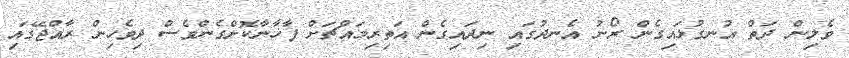
ވެލިން ދަތް އުނގުޅައިގެން ރޯނު އެނދުގައި ނިދައިގެން އަތިރިމައްޗަށް ފާޚާނާކޮށްގެންވެސް ދިވެހިން ރާއްޖޭގައި